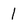
Character: 1